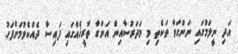
އަދި ނީލަމުގައި ނަންގަވާ ތަކެތި މި މަދަރުސާއިން އަންގާ ތާރީޚެއްގައި ފައިސާ ދެއްކެވުމަށްފަހު